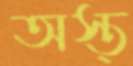
অস্ত্